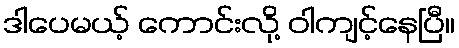
ဒါပေမယ့် ကောင်းလို့ ဝါကျင့်နေပြီ။